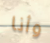
وأنا